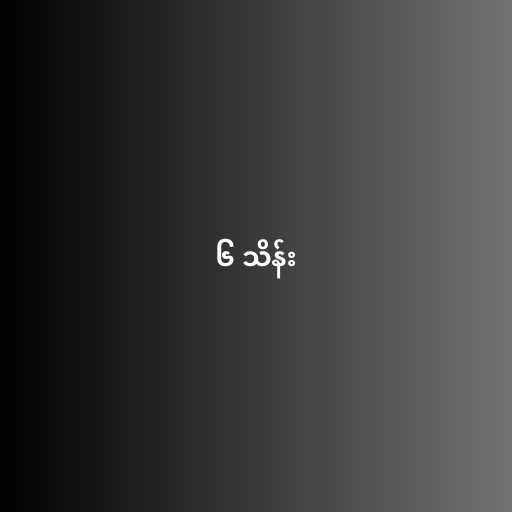
၆ သိန်း